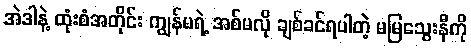
အဲဒါနဲ့ ထုံးစံအတိုင်း ကျွန်မရဲ့ အစ်မလို ချစ်ခင်ရပါတဲ့ မမြသွေးနီကို